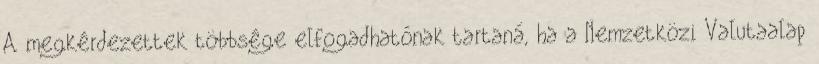
A megkérdezettek többsége elfogadhatónak tartaná, ha a Nemzetközi Valutaalap